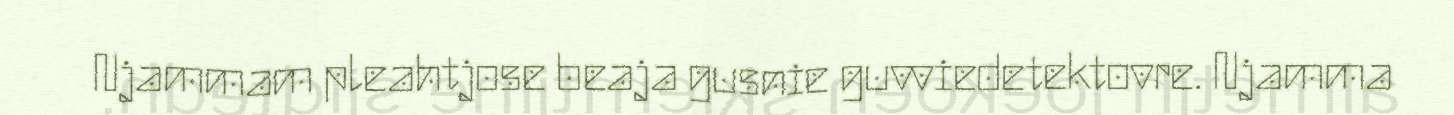
Njammam pleahtjose beaja gusnie guvviedetektovre. Njamma